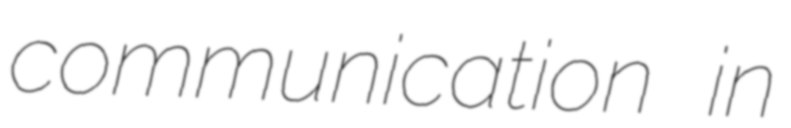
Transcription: communication in